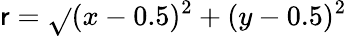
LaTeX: \mathsf{r}=\sqrt{}{{(x-0.5)^{2}+(y-0.5)^{2}}}